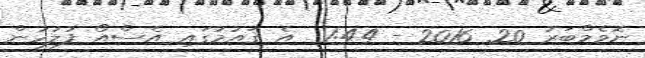
ނޮވެމްބަރު 20